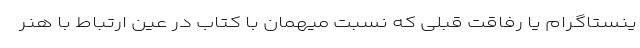
ینستاگرام یا رفاقت قبلی که نسبت میهمان با کتاب در عین ارتباط با هنر